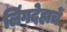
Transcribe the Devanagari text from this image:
लिंगदेहाचें